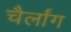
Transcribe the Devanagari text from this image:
चैर्लांग